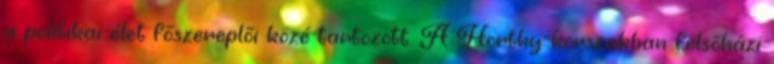
a politikai élet főszereplői közé tartozott. A Horthy-korszakban felsőházi